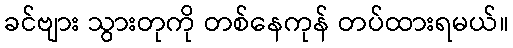
ခင်ဗျား သွားတုကို တစ်နေကုန် တပ်ထားရမယ်။